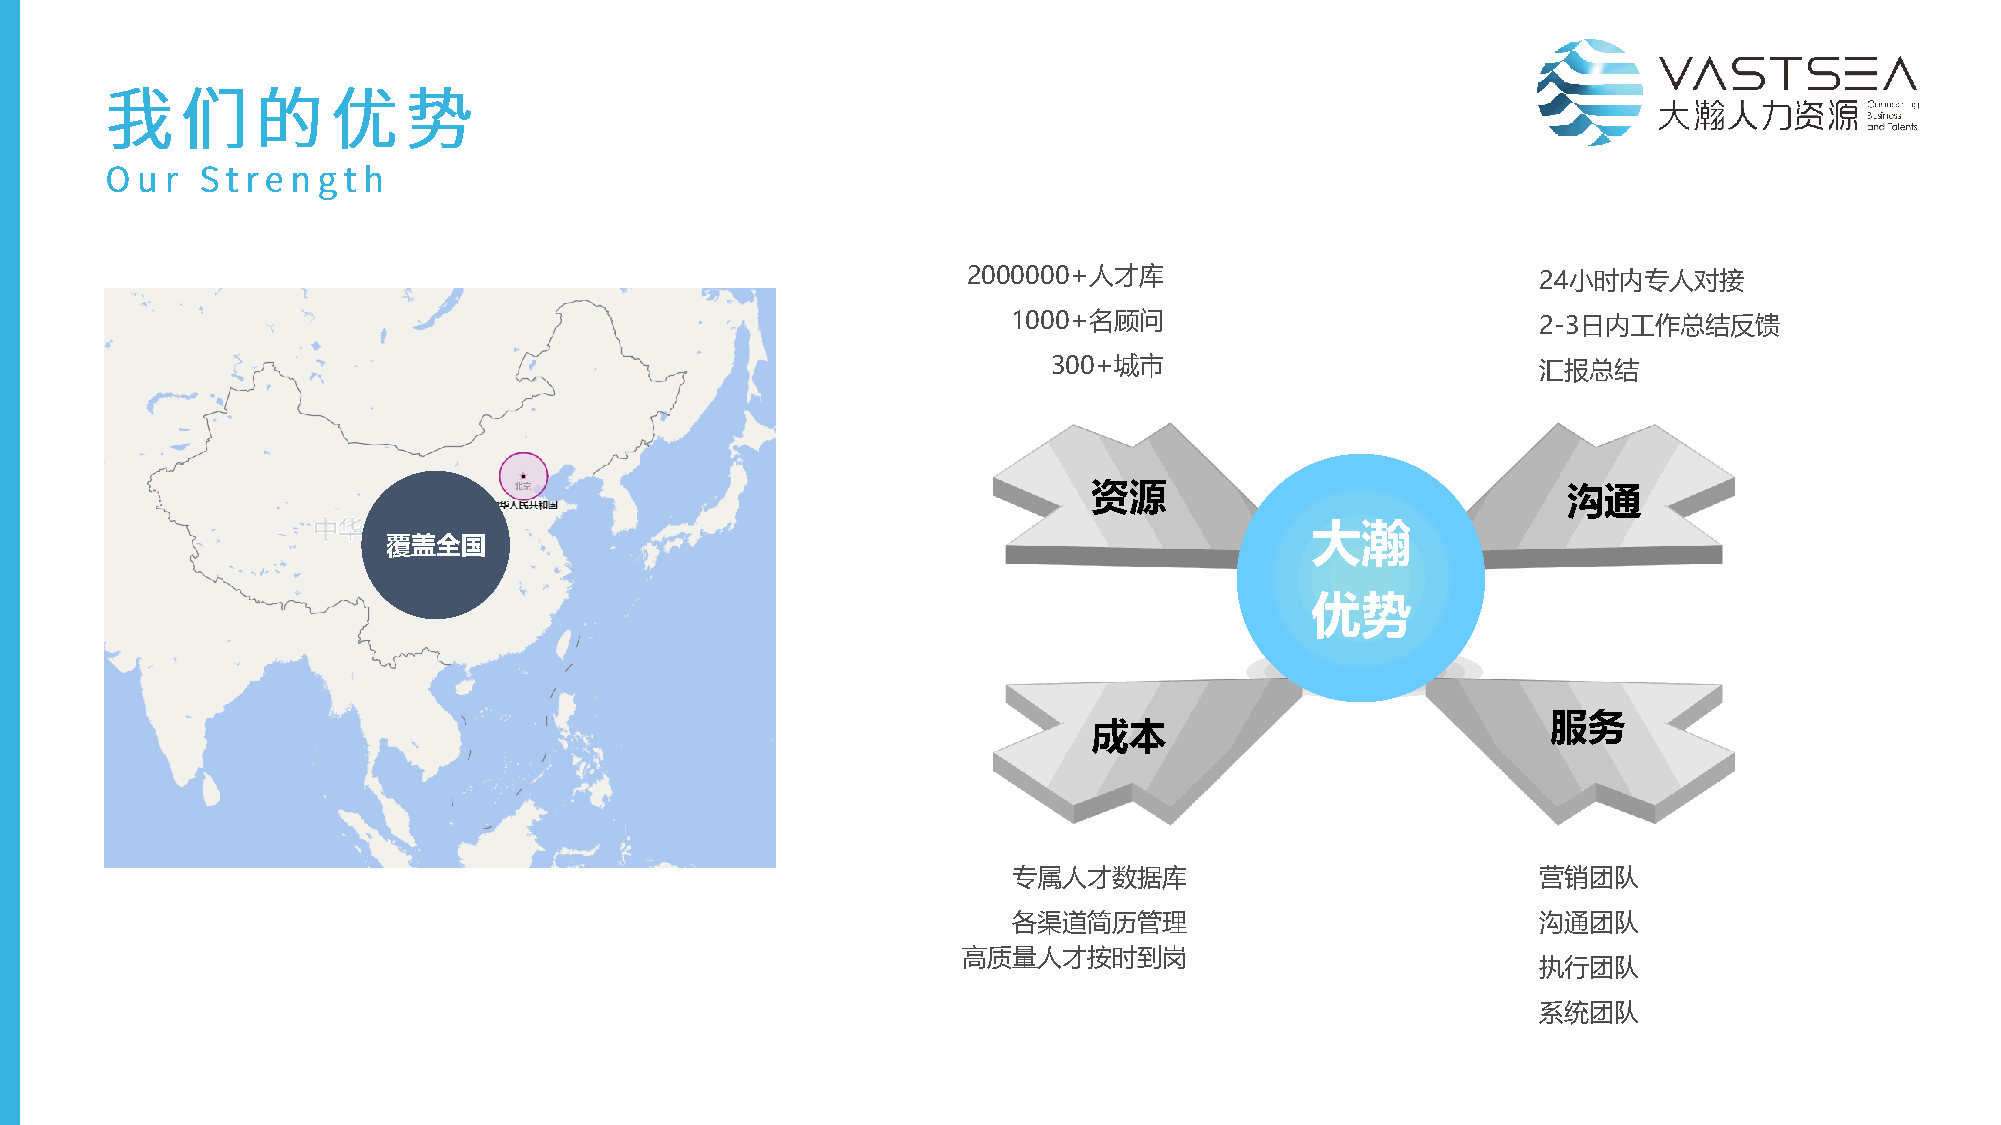
2000000+人才库                           24小时内专人对接
 1000+名顾问                           2-3日内工作总结反馈
 300+城市                          汇报总结
 资源                              沟通
 大瀚
 覆盖全国
 优势
 服务
 成本
 专属人才数据库                            营销团队
 各渠道简历管理                            沟通团队
 高质量人才按时到岗
 执行团队
 系统团队